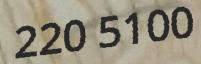
220 5100